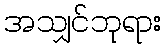
အသျှင်ဘုရား